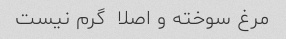
مرغ سوخته و اصلا  گرم نیست